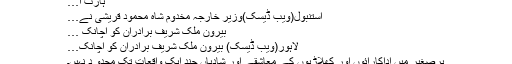
ہارٹ آ…
استنبول(ویب ڈیسک)وزیر خارجہ مخدوم شاہ محمود قریشی نے…
بیرون ملک شریف برادران کو اچانک …
لاہور(ویب ڈیسک) بیرون ملک شریف برادران کو اچانک…
برصغیر میں اداکارائوں اور کھلاڑیوں کے معاشقے اور شادیاں چند ایک واقعات تک محدو د نہیں۔